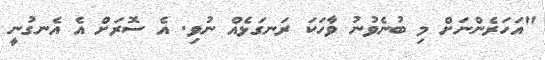
"އަހަރެންނަށް މި ބުނެވުނު ވާހަކަ ރަނގަޅެއް ނުވި. އެ ސޮރަށް އެ އެނގުނީ